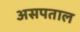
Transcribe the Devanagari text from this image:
असपताल